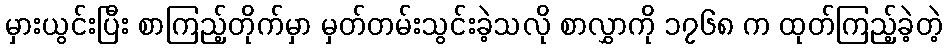
မှားယွင်းပြီး စာကြည့်တိုက်မှာ မှတ်တမ်းသွင်းခဲ့သလို စာလွှာကို ၁၇၆၈ က ထုတ်ကြည့်ခဲ့တဲ့